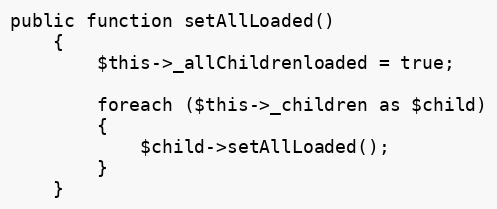
Language: PHP
public function setAllLoaded()
	{
		$this->_allChildrenloaded = true;

		foreach ($this->_children as $child)
		{
			$child->setAllLoaded();
		}
	}